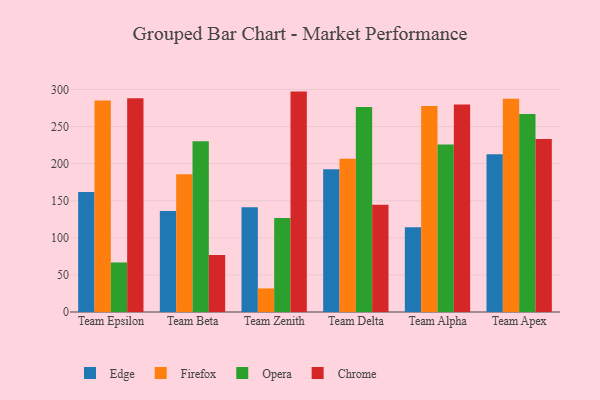
{"axis": {"x": "Team", "y": "Page Views"}, "legend": ["Chrome", "Edge", "Firefox", "Opera"], "data": [{"x": "Team Epsilon", "y": 161.9, "type": "Edge"}, {"x": "Team Epsilon", "y": 285.3, "type": "Firefox"}, {"x": "Team Epsilon", "y": 66.8, "type": "Opera"}, {"x": "Team Epsilon", "y": 288.2, "type": "Chrome"}, {"x": "Team Beta", "y": 136.1, "type": "Edge"}, {"x": "Team Beta", "y": 185.8, "type": "Firefox"}, {"x": "Team Beta", "y": 230.4, "type": "Opera"}, {"x": "Team Beta", "y": 76.8, "type": "Chrome"}, {"x": "Team Zenith", "y": 141.2, "type": "Edge"}, {"x": "Team Zenith", "y": 31.8, "type": "Firefox"}, {"x": "Team Zenith", "y": 126.8, "type": "Opera"}, {"x": "Team Zenith", "y": 297.2, "type": "Chrome"}, {"x": "Team Delta", "y": 192.4, "type": "Edge"}, {"x": "Team Delta", "y": 206.6, "type": "Firefox"}, {"x": "Team Delta", "y": 276.6, "type": "Opera"}, {"x": "Team Delta", "y": 144.6, "type": "Chrome"}, {"x": "Team Alpha", "y": 114.4, "type": "Edge"}, {"x": "Team Alpha", "y": 277.8, "type": "Firefox"}, {"x": "Team Alpha", "y": 226.0, "type": "Opera"}, {"x": "Team Alpha", "y": 279.8, "type": "Chrome"}, {"x": "Team Apex", "y": 212.6, "type": "Edge"}, {"x": "Team Apex", "y": 287.5, "type": "Firefox"}, {"x": "Team Apex", "y": 267.0, "type": "Opera"}, {"x": "Team Apex", "y": 233.4, "type": "Chrome"}]}